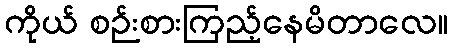
ကိုယ် စဉ်းစားကြည့်နေမိတာလေ။